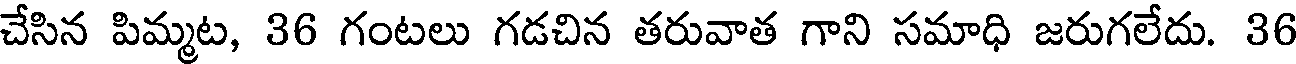
చేసిన పిమ్మట, 36 గంటలు గడచిన తరువాత గాని సమాధి జరుగలేదు. 36